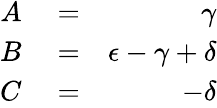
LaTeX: \begin{array}{rlr}{A}&{{}=}&{\gamma}\\ {B}&{{}=}&{\epsilon-\gamma+\delta}\\ {C}&{{}=}&{-\delta}\end{array}